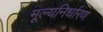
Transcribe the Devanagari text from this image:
मूल्यनिर्धारण